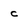
Character: c